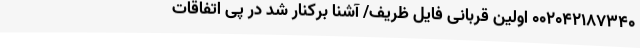
002042187340 اولین قربانی فایل ظریف/ آشنا برکنار شد در پی اتفاقات